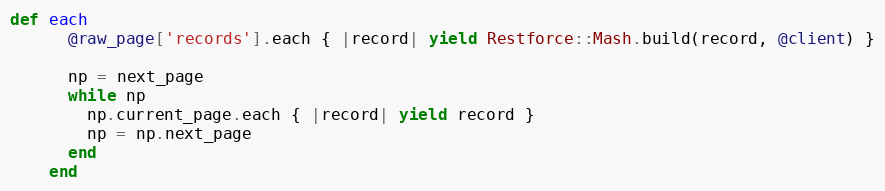
Language: Ruby
def each
      @raw_page['records'].each { |record| yield Restforce::Mash.build(record, @client) }

      np = next_page
      while np
        np.current_page.each { |record| yield record }
        np = np.next_page
      end
    end